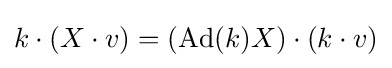
k\cdot (X\cdot v)=(\operatorname {Ad} (k)X)\cdot (k\cdot v)